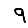
Digit: 9